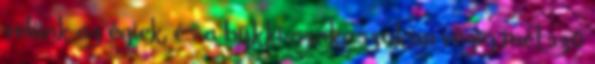
velünk az égiek, és a bükki szakaszokon végig metsző